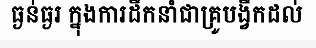
ធ្ងន់ធ្ងរ ក្នុងការដឹកនាំជាគ្រូបង្វឹកដល់